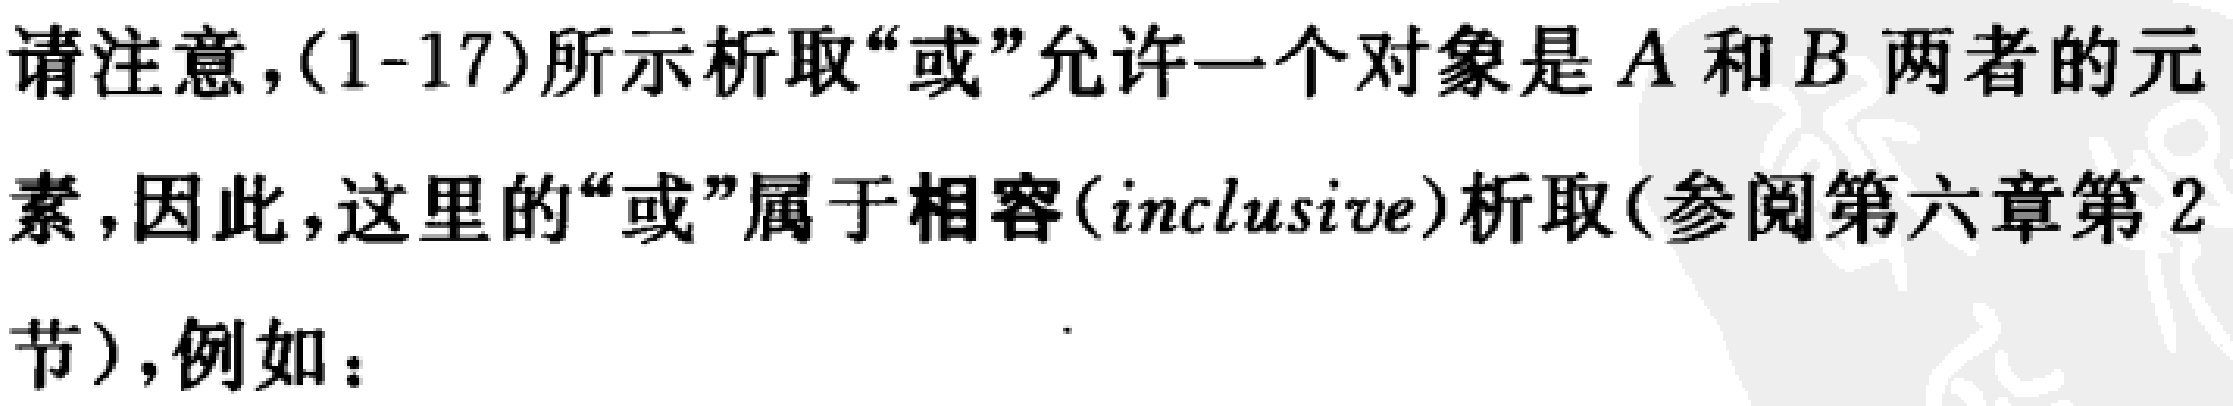
请注意，(1-17)所示析取“或”允许一个对象是\(A\)和\(B\)两者的元素，因此，这里的“或”属于相容(\(inclusive\))析取(参阅第六章第2节)，例如：